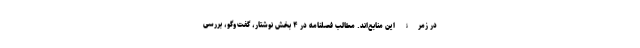
در زمرۀ این منابع‌اند. مطالب فصلنامه در ۴ بخش نوشتار، گفت‌وگو، بررسی